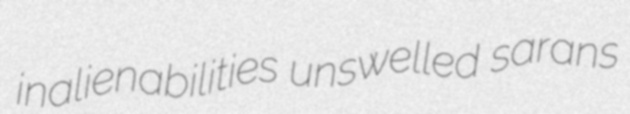
inalienabilities unswelled sarans